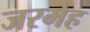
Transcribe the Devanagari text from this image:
जरमेह